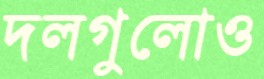
দলগুলোও